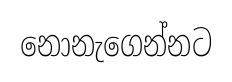
නොනැගෙන්නට